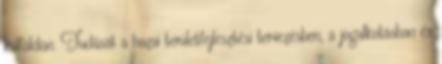
külföldön. Tudását a hazai területfejlesztési tervezésben, a jogalkotásban és